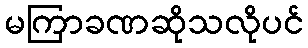
မကြာခဏဆိုသလိုပင်